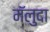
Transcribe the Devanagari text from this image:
मॅलुदा